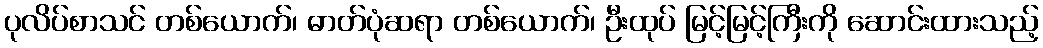
ပုလိပ်စာသင် တစ်ယောက်၊ ဓာတ်ပုံဆရာ တစ်ယောက်၊ ဦးထုပ် မြင့်မြင့်ကြီးကို ဆောင်းထားသည့်